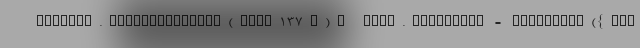
ocument.getElementById('adv137'); temp.innerHTML = renderAds({"se